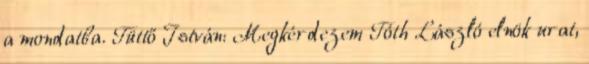
a mondatba. Tüttő István: Megkérdezem Tóth László elnök urat,